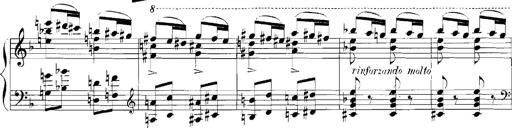
Title: Rhapsodies hongroises
Composer: Franz Liszt